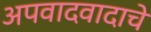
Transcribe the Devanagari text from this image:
अपवादवादाचे